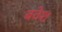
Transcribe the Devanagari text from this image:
बवेश